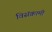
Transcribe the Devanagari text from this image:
विसंक्रामी